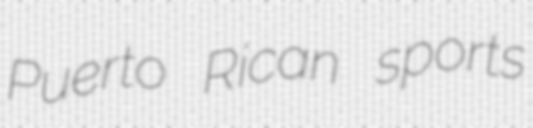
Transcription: Puerto Rican sports